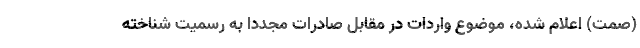
(صمت) اعلام شده، موضوع واردات در مقابل صادرات مجددا به رسمیت شناخته